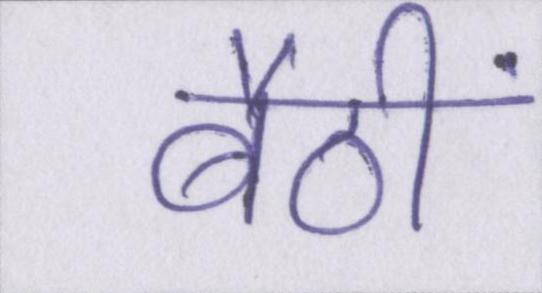
बैठीं